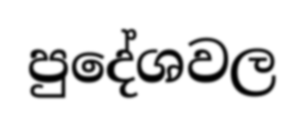
පුදේශවල